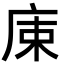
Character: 𢈠